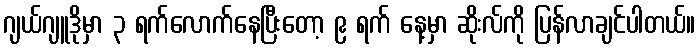
ဂျယ်ဂျူဒိုမှာ ၃ ရက်လောက်နေပြီးတော့ ၉ ရက် နေ့မှာ ဆိုးလ်ကို ပြန်လာချင်ပါတယ်။